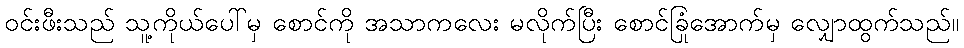
ဝင်းဖီးသည် သူ့ကိုယ်ပေါ်မှ စောင်ကို အသာကလေး မလိုက်ပြီး စောင်ခြုံအောက်မှ လျှောထွက်သည်။